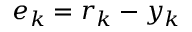
e _ { k } = r _ { k } - y _ { k }